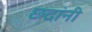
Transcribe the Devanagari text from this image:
छदांनी